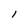
Character: I